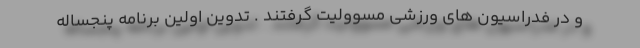
و در فدراسیون های ورزشی مسوولیت گرفتند . تدوین اولین برنامه پنجساله